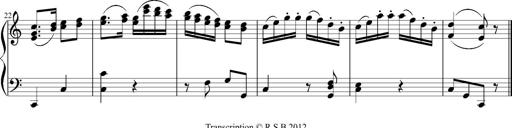
Title: 12 Sonatinas for Piano
Composer: Johann Baptist Vanhal